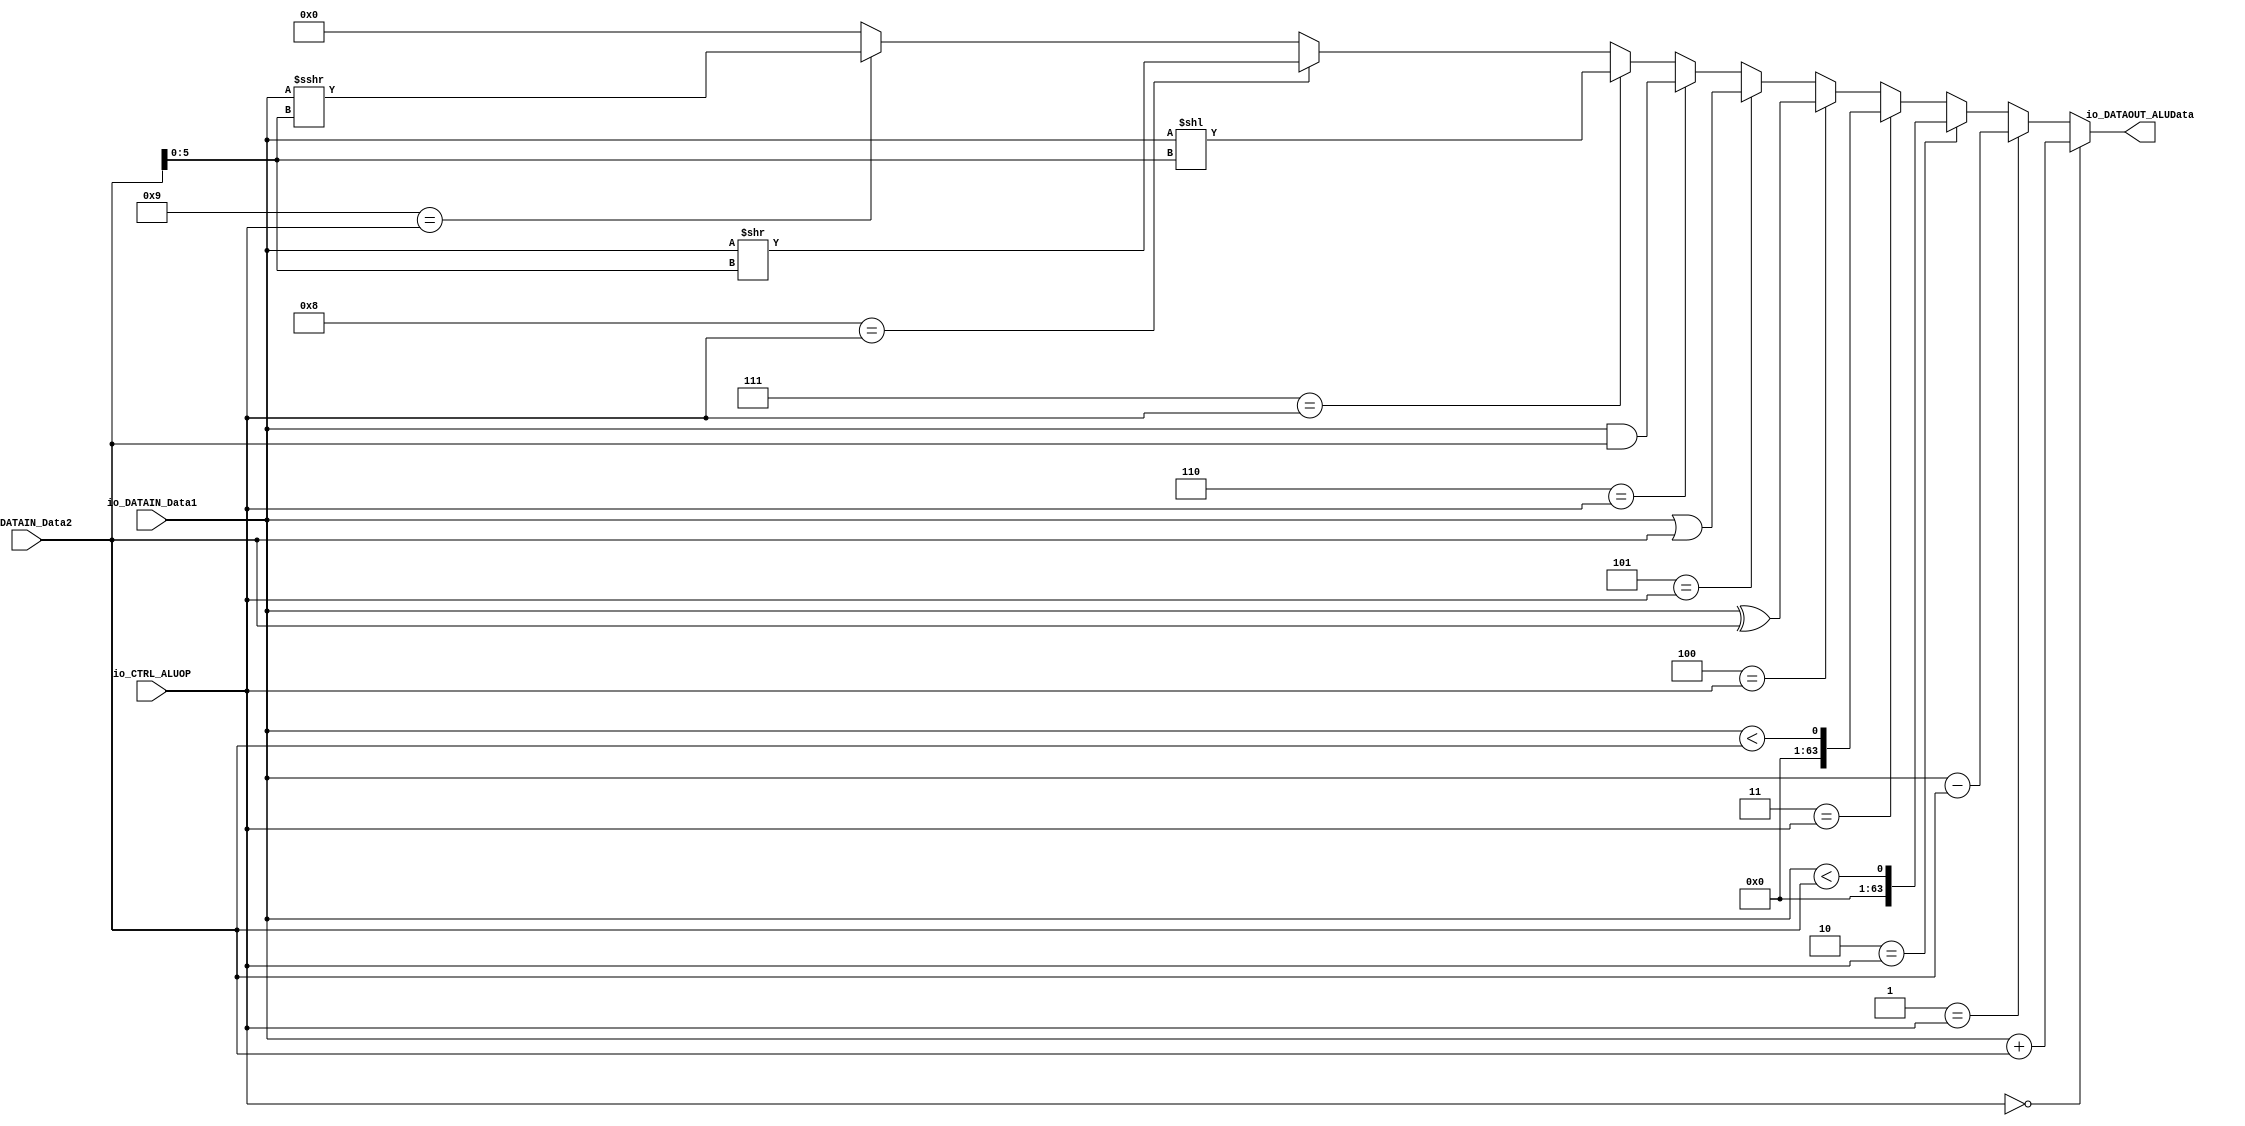
module ALU(
  input  [63:0] io_DATAIN_Data1,
  input  [63:0] io_DATAIN_Data2,
  input  [3:0]  io_CTRL_ALUOP,
  output [63:0] io_DATAOUT_ALUData
);
  wire [5:0] shamt = io_DATAIN_Data2[5:0]; // @[ALU.scala 58:34]
  wire [63:0] _ALUData_T_1 = io_DATAIN_Data1 + io_DATAIN_Data2; // @[ALU.scala 62:41]
  wire [63:0] _ALUData_T_3 = io_DATAIN_Data1 - io_DATAIN_Data2; // @[ALU.scala 63:41]
  wire [63:0] _ALUData_T_4 = io_DATAIN_Data1; // @[ALU.scala 64:42]
  wire [63:0] _ALUData_T_5 = io_DATAIN_Data2; // @[ALU.scala 64:57]
  wire [63:0] _ALUData_T_8 = io_DATAIN_Data1 ^ io_DATAIN_Data2; // @[ALU.scala 66:41]
  wire [63:0] _ALUData_T_9 = io_DATAIN_Data1 | io_DATAIN_Data2; // @[ALU.scala 67:41]
  wire [63:0] _ALUData_T_10 = io_DATAIN_Data1 & io_DATAIN_Data2; // @[ALU.scala 68:41]
  wire [126:0] _GEN_10 = {{63'd0}, io_DATAIN_Data1}; // @[ALU.scala 69:41]
  wire [126:0] _ALUData_T_11 = _GEN_10 << shamt; // @[ALU.scala 69:41]
  wire [63:0] _ALUData_T_12 = io_DATAIN_Data1 >> shamt; // @[ALU.scala 70:41]
  wire [63:0] _ALUData_T_15 = $signed(io_DATAIN_Data1) >>> shamt; // @[ALU.scala 71:59]
  wire [63:0] _GEN_0 = 4'h9 == io_CTRL_ALUOP ? _ALUData_T_15 : 64'h0; // @[ALU.scala 61:18 71:32]
  wire [63:0] _GEN_1 = 4'h8 == io_CTRL_ALUOP ? _ALUData_T_12 : _GEN_0; // @[ALU.scala 61:18 70:32]
  wire [126:0] _GEN_2 = 4'h7 == io_CTRL_ALUOP ? _ALUData_T_11 : {{63'd0}, _GEN_1}; // @[ALU.scala 61:18 69:32]
  wire [126:0] _GEN_3 = 4'h6 == io_CTRL_ALUOP ? {{63'd0}, _ALUData_T_10} : _GEN_2; // @[ALU.scala 61:18 68:32]
  wire [126:0] _GEN_4 = 4'h5 == io_CTRL_ALUOP ? {{63'd0}, _ALUData_T_9} : _GEN_3; // @[ALU.scala 61:18 67:32]
  wire [126:0] _GEN_5 = 4'h4 == io_CTRL_ALUOP ? {{63'd0}, _ALUData_T_8} : _GEN_4; // @[ALU.scala 61:18 66:32]
  wire [126:0] _GEN_6 = 4'h3 == io_CTRL_ALUOP ? {{126'd0}, io_DATAIN_Data1 < io_DATAIN_Data2} : _GEN_5; // @[ALU.scala 61:18 65:32]
  wire [126:0] _GEN_7 = 4'h2 == io_CTRL_ALUOP ? {{126'd0}, $signed(_ALUData_T_4) < $signed(_ALUData_T_5)} : _GEN_6; // @[ALU.scala 61:18 64:32]
  wire [126:0] _GEN_8 = 4'h1 == io_CTRL_ALUOP ? {{63'd0}, _ALUData_T_3} : _GEN_7; // @[ALU.scala 61:18 63:32]
  wire [126:0] _GEN_9 = 4'h0 == io_CTRL_ALUOP ? {{63'd0}, _ALUData_T_1} : _GEN_8; // @[ALU.scala 61:18 62:32]
  assign io_DATAOUT_ALUData = _GEN_9[63:0]; // @[ALU.scala 74:24]
endmodule